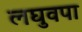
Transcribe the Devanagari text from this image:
लघुवपा